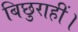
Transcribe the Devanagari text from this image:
बिछुराहीं।